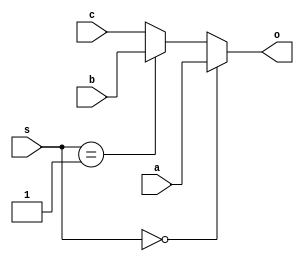
`timescale 1ns / 1ps
//////////////////////////////////////////////////////////////////////////////////
// Company: 
// Engineer: 
// 
// Design Name: 
// Module Name:    bin_excess3 
// Project Name: 
// Target Devices: 
// Tool versions: 
// Description: 
//
// Dependencies: 
//
// Revision: 
// Revision 0.01 - File Created
// Additional Comments: 
//
/////////////////////////////////////////////////////////////////////////////////
 module mux (a, b, c,  s, o);
        input        a, b, c ;
        input  [1:0] s;
        output       o;
        reg          o;
        always @(a or b or c  or s)
        begin
           if (s == 2'b00)
              o = a;
           else if (s == 2'b01)
              o = b;
           else if (s == 2'b10)
              o = c;
			else 
			o=c;
        end
        endmodule